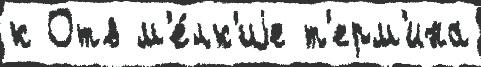
к Отв м'е́лк'иjе т'ерм'ина